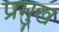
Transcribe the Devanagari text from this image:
प्रमुख्‍ा